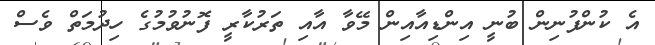
އެ ކުންފުނިން ބުނީ އިންޑިއާއިން މޭވާ އާއި ތަރުކާރީ ފޮނުވުމުގެ ހިދުމަތް ވެސް